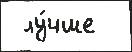
 лу́чше